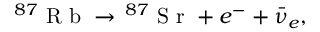
\, ^ { 8 7 } \mathrm { ~ R ~ b ~ } \to \, ^ { 8 7 } \mathrm { ~ S ~ r ~ } + e ^ { - } + \bar { \nu } _ { e } ,